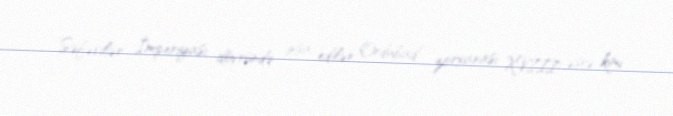
Səfəvilər İmperiyası dövründə inşa edilən Ordubad zorxanası XVIII əsrə kimi